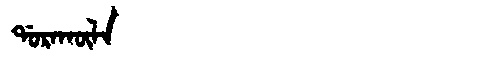
Manchu: ᡩᠣᡵᠠᡴᡡᠯᠠ
Romanization: DORAKŪLA